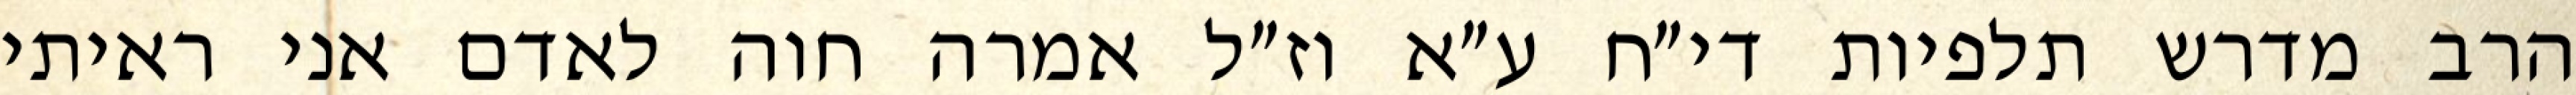
הרב מדרש תלפיות די״ח ע״א וז״ל אמרה חוה לאדם אני ראיתי